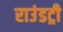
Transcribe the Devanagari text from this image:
राउंडट्री